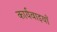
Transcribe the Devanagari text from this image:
कार्यवाइयाँ